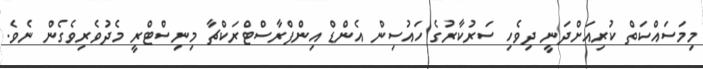
މިމަސައްކަތް ކުރިއަށްދަނީ ދިވެހި ސަރުކާރުގެ ހައުސިން އެންޑް އިންފްރާސްޓްރަކްޗާ މިނިސްޓްރީ މެދުވެރިވެގެން ނެވެ.